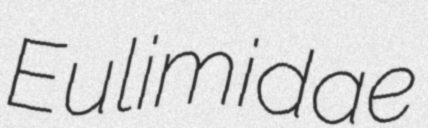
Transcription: Eulimidae